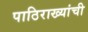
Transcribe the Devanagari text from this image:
पाठिराख्यांची